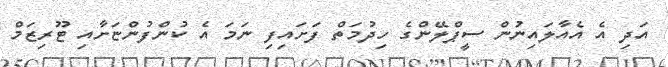
އަދި އެ އެއާލައިނުން ސީޕްލޭންގެ ހިދުމަތް ފަށައިފި ނަމަ އެ ކުންފުންޏަށާއި ޓޫރިޒަމް